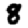
Digit: 8